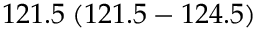
1 2 1 . 5 \: ( 1 2 1 . 5 - 1 2 4 . 5 )